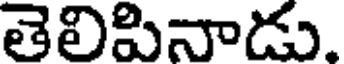
తెలిపినాడు.